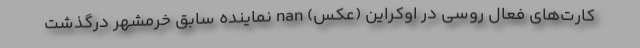
کارت‌های فعال روسی در اوکراین (عکس) nan نماینده سابق خرمشهر درگذشت